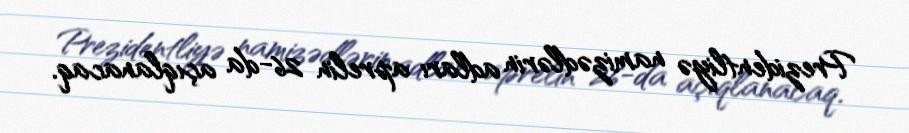
Prezidentliyə namizədlərin adları aprelin 26-da açıqlanacaq.